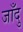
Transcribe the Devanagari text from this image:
जाँदु